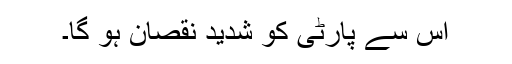
اس سے پارٹی کو شدید نقصان ہو گا۔